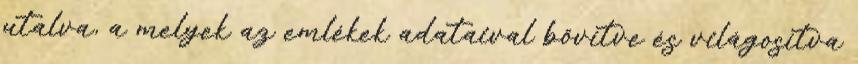
utalva, a melyek az emlékek adataival bővítve és világosítva